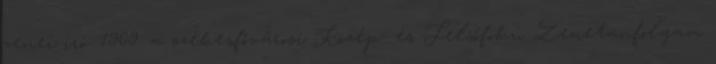
zenei író. 1909: a székesfővárosi Közép- és Felsőfokú Zenetanfolyam